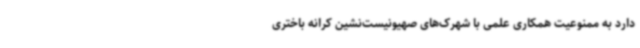
دارد به ممنوعیت همکاری علمی با شهرک‌های صهیونیست‌نشین کرانه باختری